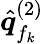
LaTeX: \hat{\boldsymbol q}_{f_{k}}^{(2)}